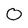
Character: 0